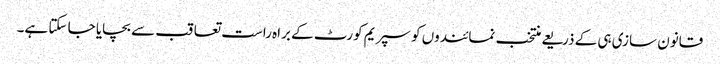
قانون سازی ہی کے ذریعے منتخب نمائندوں کو سپریم کورٹ کے براہ راست تعاقب سے بچایا جا سکتا ہے۔